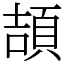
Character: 頡